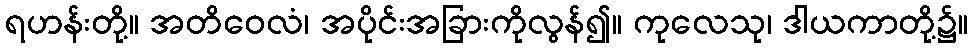
ရဟန်းတို့။ အတိဝေလံ၊ အပိုင်းအခြားကိုလွန်၍။ ကုလေသု၊ ဒါယကာတို့၌။